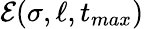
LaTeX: \mathcal{E}(\sigma,\ell,t_{max})